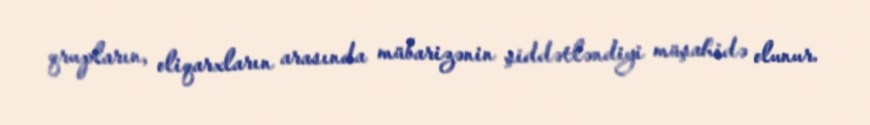
qrupların, oliqarxların arasında mübarizənin şiddətləndiyi müşahidə olunur.